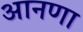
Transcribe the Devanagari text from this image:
आनणा